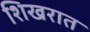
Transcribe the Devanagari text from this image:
शिखरात